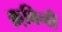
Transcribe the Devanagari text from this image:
क़्विनी